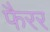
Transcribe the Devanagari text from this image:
फैरर